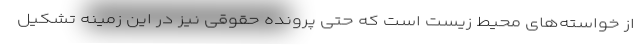
از خواسته‌های محیط زیست است که حتی پرونده حقوقی نیز در این زمینه تشکیل